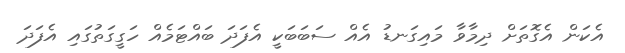
އެކަން އެގޮތަށް ދިމާވާ މައިގަނޑު އެއް ސަބަބަކީ އެފަދަ ބައްޓަމެއް ހަގީގަތުގައި އެފަދަ